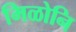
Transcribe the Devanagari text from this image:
मिळोनि